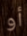
أو